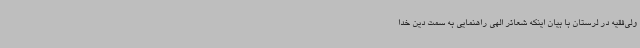
ولی‌فقیه در لرستان با بیان اینکه شعائر الهی راهنمایی به سمت دین خدا